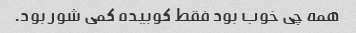
همه چی خوب بود فقط کوبیده کمی شور بود.